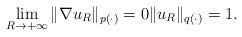
LaTeX: \begin{align*} \lim_{R\to +\infty}\|\nabla u_R\|_{p(\cdot)} = 0 \|u_R\|_{q(\cdot)} =1.\end{align*}